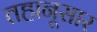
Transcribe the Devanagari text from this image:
तहानूसार